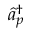
\hat { a } _ { p } ^ { \dagger }